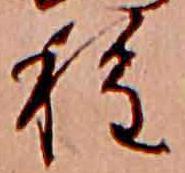
種